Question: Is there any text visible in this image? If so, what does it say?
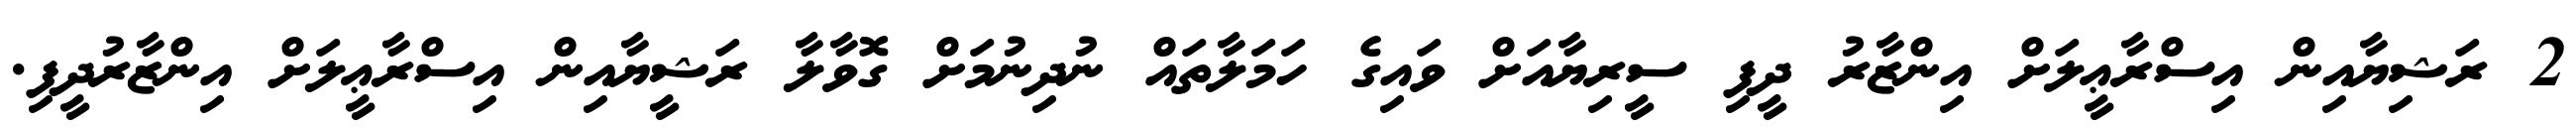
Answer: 2 ރަޝިޔާއިން އިސްރާޢީލަށް އިންޒާރު ދީފި ސީރިޔާއަށް ވައިގެ ހަމަލާތައް ނުދިނުމަށް ގޮވާލާ ރަޝީޔާއިން އިސްރާޢީލަށް އިންޒާރުދީފި.